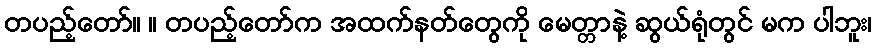
တပည့်တော်။ ။ တပည့်တော်က အထက်နတ်တွေကို မေတ္တာနဲ့ ဆွယ်ရုံတွင် မက ပါဘူး၊